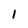
Character: 1